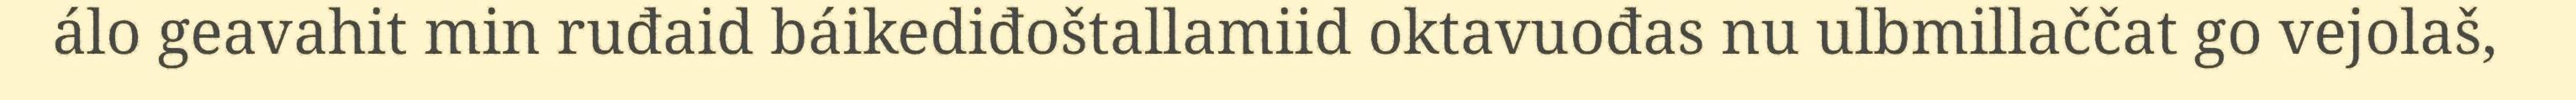
álo geavahit min ruđaid báikediđoštallamiid oktavuođas nu ulbmillaččat go vejolaš,